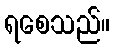
ရစေသည်။